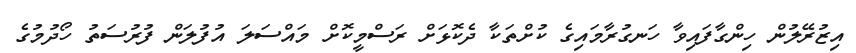
އިޒުރޭލުން ހިންގާފައިވާ ހަނގުރާމައިގެ ކުށްތަކާ ދެކޮޅަށް ރަސްމީކޮށް މައްސަލަ އުފުލަން ފުރުސަތު ހޯދުމުގެ